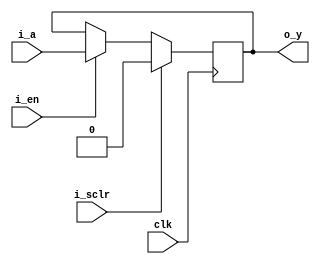
`ifndef _bflopr_en
`define _bflopr_en

module bflopr_en (
  input wire clk, i_sclr, i_en,
  input wire i_a,
  output reg o_y
);
  always @(posedge clk) begin
    if (i_sclr) begin
      o_y <= 1'b0;
    end else if (i_en) begin
      o_y <= i_a;
    end
  end

endmodule

`endif